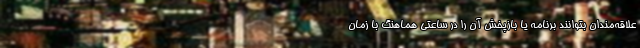
علاقه‌مندان بتوانند برنامه یا بازپخش آن را در ساعتی هماهنگ با زمان